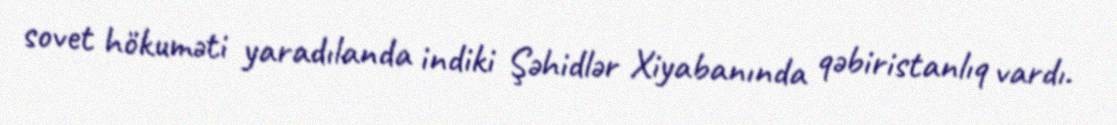
sovet hökuməti yaradılanda indiki Şəhidlər Xiyabanında qəbiristanlıq vardı.